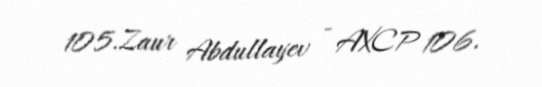
105.Zaur Abdullayev - AXCP 106.